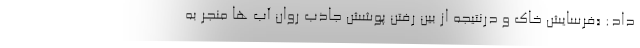
داد: «فرسایش خاک و درنتیجه از بین رفتن پوشش جاذب روان آب ها منجر به